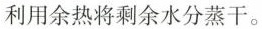
利用余热将剩余水分蒸干。